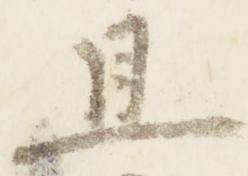
且